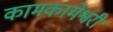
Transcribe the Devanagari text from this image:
कामकामेश्वरी